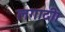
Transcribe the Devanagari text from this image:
लगादी।